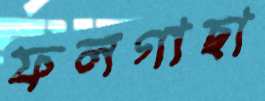
ফলগাছা